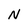
Character: N